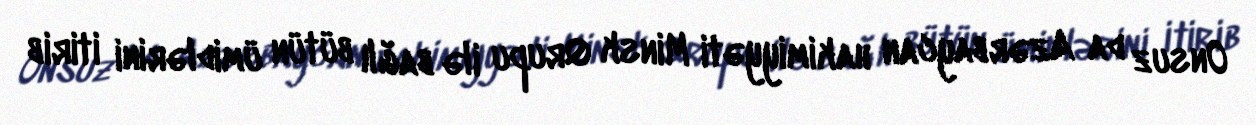
Onsuz da Azərbaycan hakimiyyəti Minsk Qrupu ilə bağlı bütün ümidlərini itirib